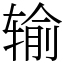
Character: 输